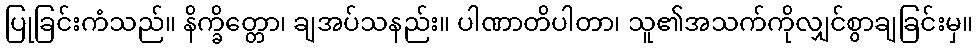
ပြုခြင်းကံသည်။ နိက္ခိတ္တော၊ ချအပ်သနည်း။ ပါဏာတိပါတာ၊ သူ၏အသက်ကိုလျှင်စွာချခြင်းမှ။